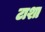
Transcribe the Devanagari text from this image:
टाशा